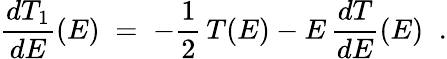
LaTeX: \frac{dT_{1}}{dE}(E)\; =\; -\frac{1}{2}\, T(E)-E\, \frac{dT}{dE}(E)\; \; .